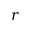
r